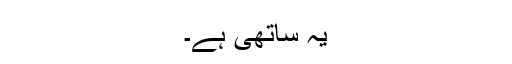
یہ ساتھی ہے۔